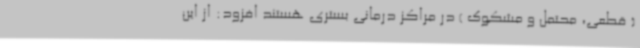
( قطعی، محتمل و مشکوک ) در مراکز درمانی بستری هستند افزود: از این